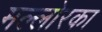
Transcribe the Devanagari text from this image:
मल्लोरका